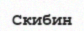
Скибин